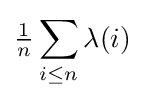
{\tfrac {1}{n}}\sum _{i\leq n}\lambda (i)